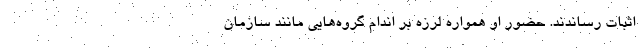
اثبات رساندند. حضور او همواره لرزه بر اندام گروه‌هایی مانند سازمان